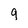
Character: 9